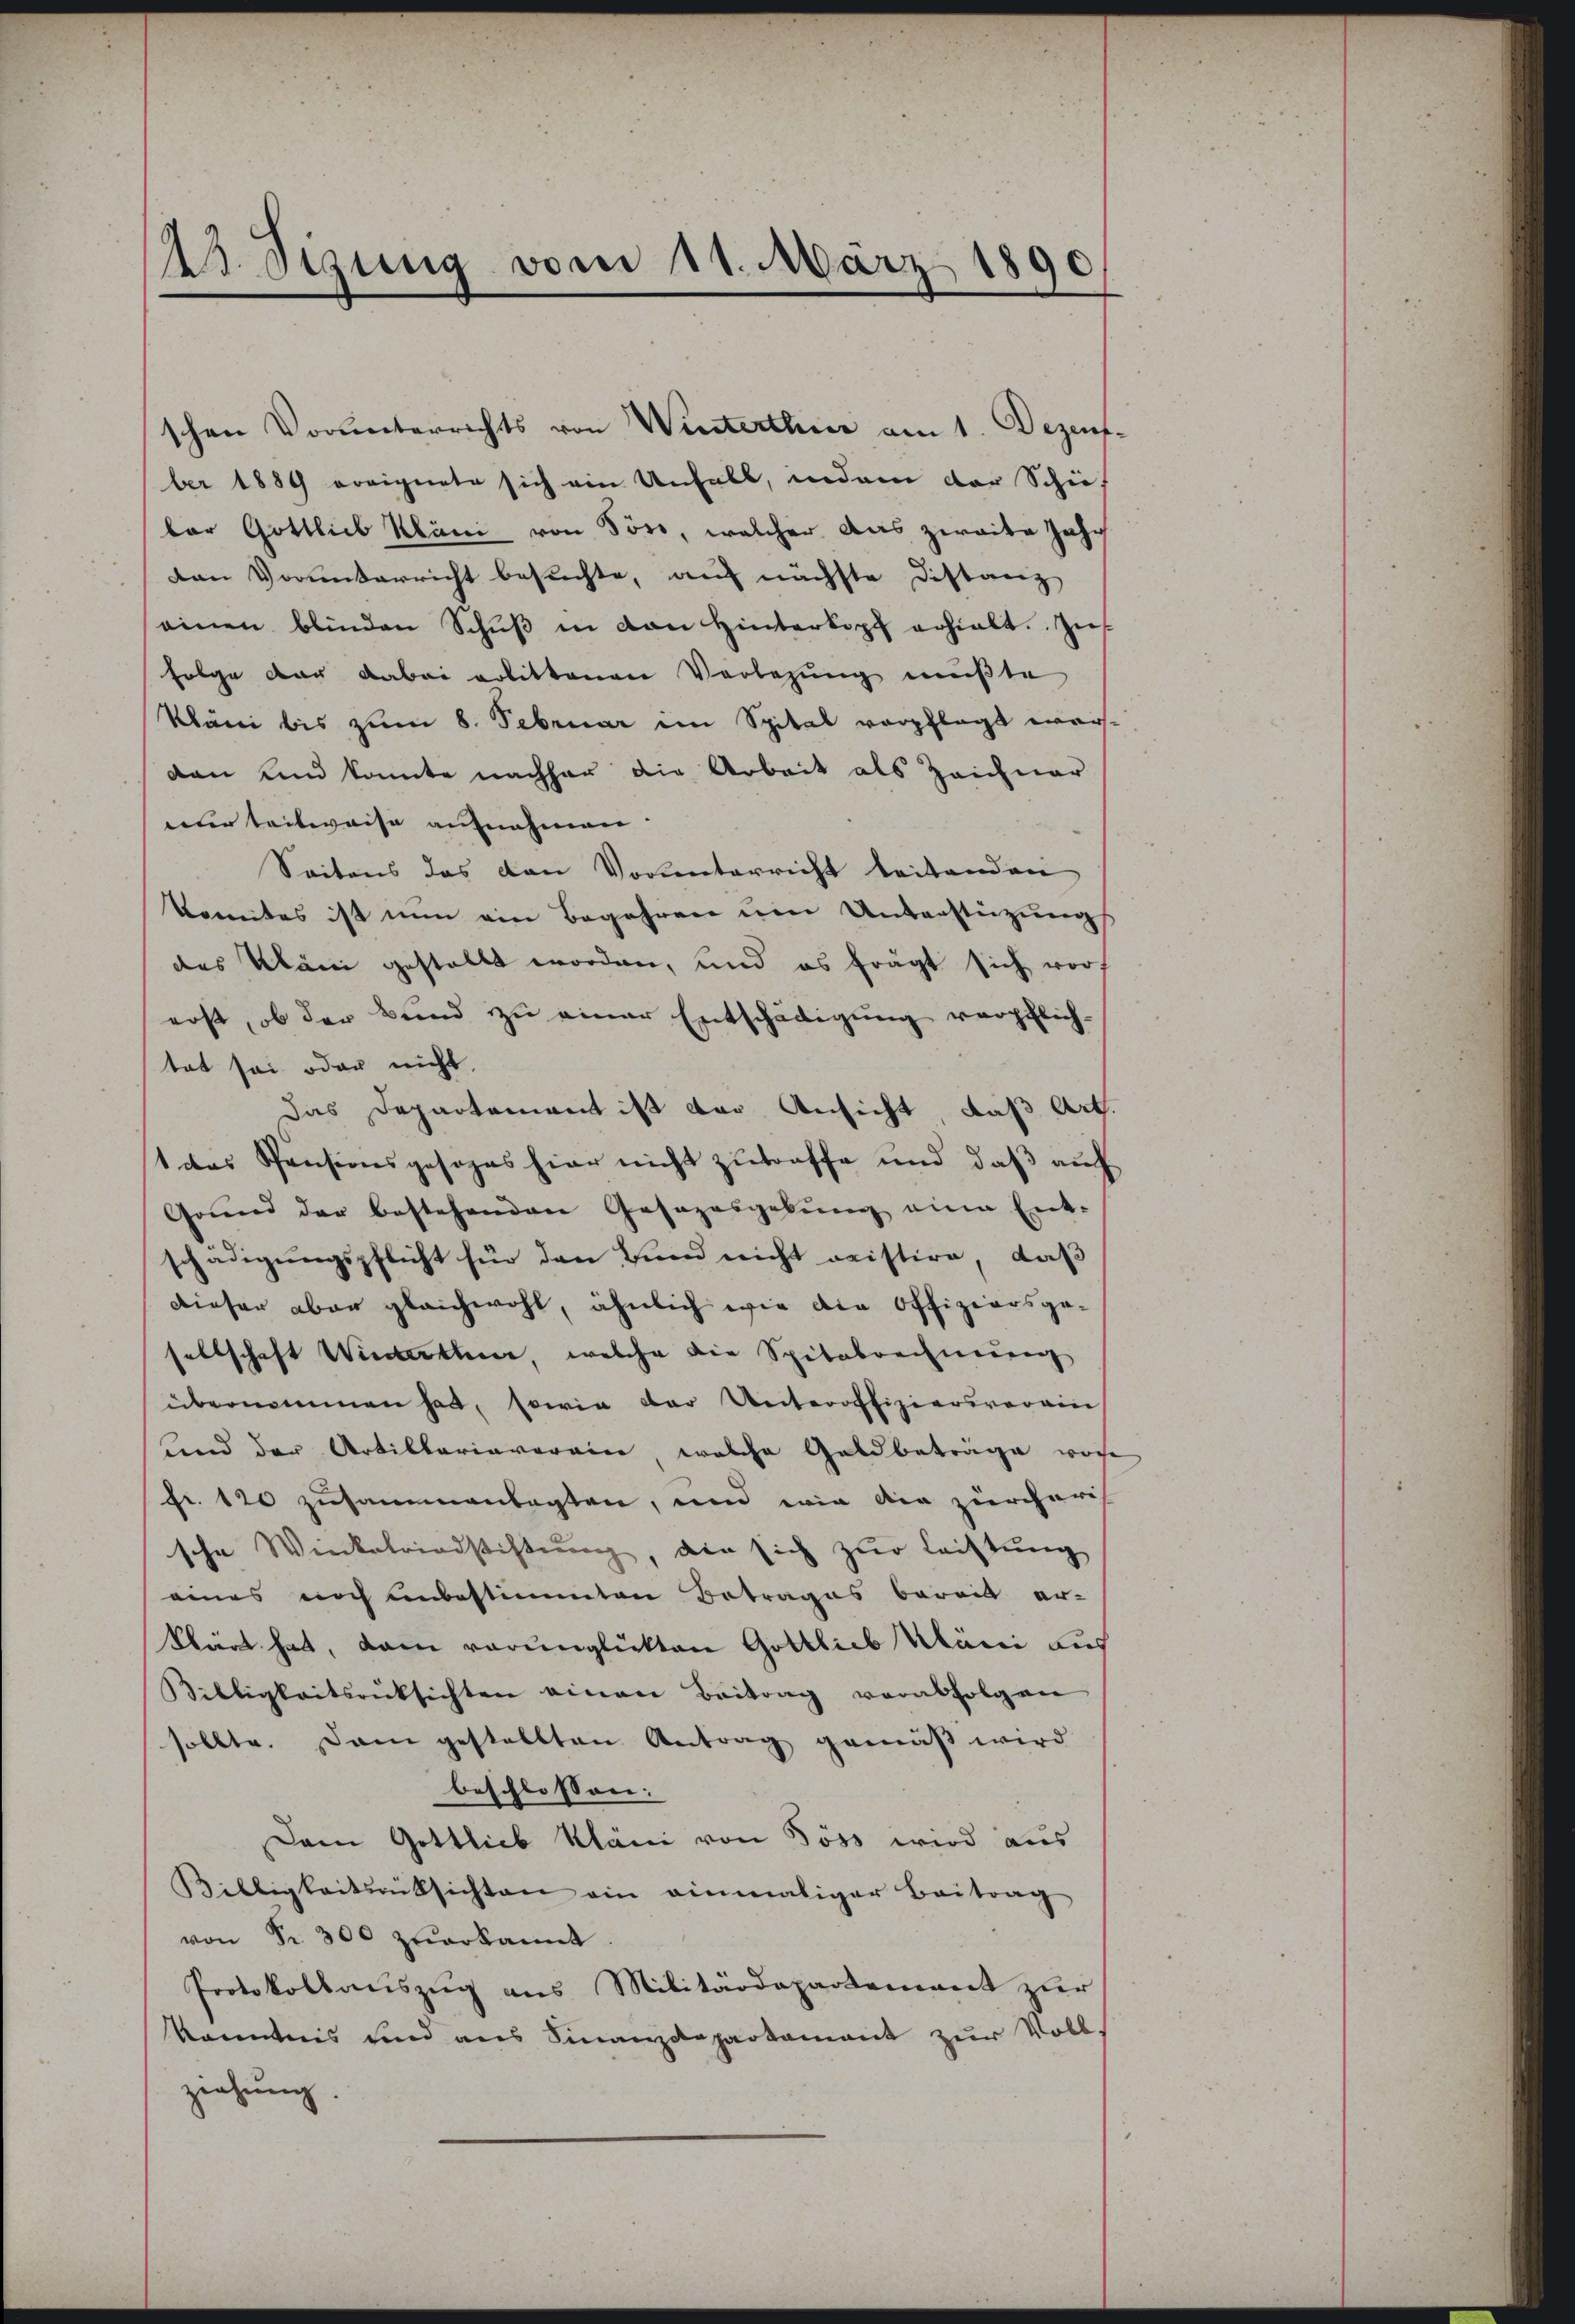
23. Sizung vom 11. März 1890

schen Vorunterrichts von Winterthur am 1. Dezent
ber 1889 ereignete sich ein Unfall, indem der Schief
bor Gottlieb Kläni von Joso, welcher das zweite Jahr
Den Vorunterricht besuchte, auf nächste Distanz
einen blinden Schŭβ in den Hinterkopf erhielt. Zu
Folge der dabei erlittenen Vorlegung mußte
Kläni bis zum 8. Februar im Spital verpflegt wer-
dan und konnte nachher die Arbeit als Zeichnar
eur teilweise aufnahmen.
Seitens das von Vorunterricht beitenden
konntes ist nun ein Begehren um Unterstützung
des Klani gestellt worden, und es frägt sich vor.
erst, ob der Bund zu einer Entschädigung verpflich-
tet sei oder nicht,
das Departement ist der Ansicht, daß Art.
1 das Pensionsgesezes hier nicht zutroffe und daß auch
Grŭnd der bestehenden Gesazasgebŭng eine Ent-
schädigungspflicht für den Bund nicht meistire, daß
dieser aber gleichwohl, ähnlich wie die Offiziersgesellschaft Winterthur, welche die Spitalrechnung
übernommen hat, sowie der Unteroffiziersverein
und der Artillariaverein, welche Geldbeträge vorhe
Fr. 120 zusammenlagten, und wie die zürcheris
sche Winkelriedstiftŭng, die sich zur Leistung
eines noch unbestimmten Betrages bereit er-
klärt hat, dann verunglükten Gottlieb Klani aus
Willigkeitsrücksichten einen Beitrag verabfolgen
sollte. Dann gestellten Antrag gemäß wird
beschlossen:
Dem Gottlieb Kläni von Söss wird aus
Billigkeitsrücksichten ein einmaliger Beitrag
von Fr. 300 zuerkannt.
Protokollauszug aus Militärdepartement zur
kanntnis und aus Finanzdepartament zur Vollziehung

u
2